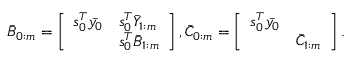
\bar { B } _ { 0 : m } = \left[ \begin{array} { l l } { s _ { 0 } ^ { T } \bar { y _ { 0 } } } & { s _ { 0 } ^ { T } \bar { Y } _ { 1 : m } } \\ & { s _ { 0 } ^ { T } \bar { B } _ { 1 : m } } \end{array} \right] , \bar { C } _ { 0 : m } = \left[ \begin{array} { l l } { { s _ { 0 } ^ { T } \bar { y _ { 0 } } } } & \\ & { \bar { C } _ { 1 : m } } \end{array} \right] .